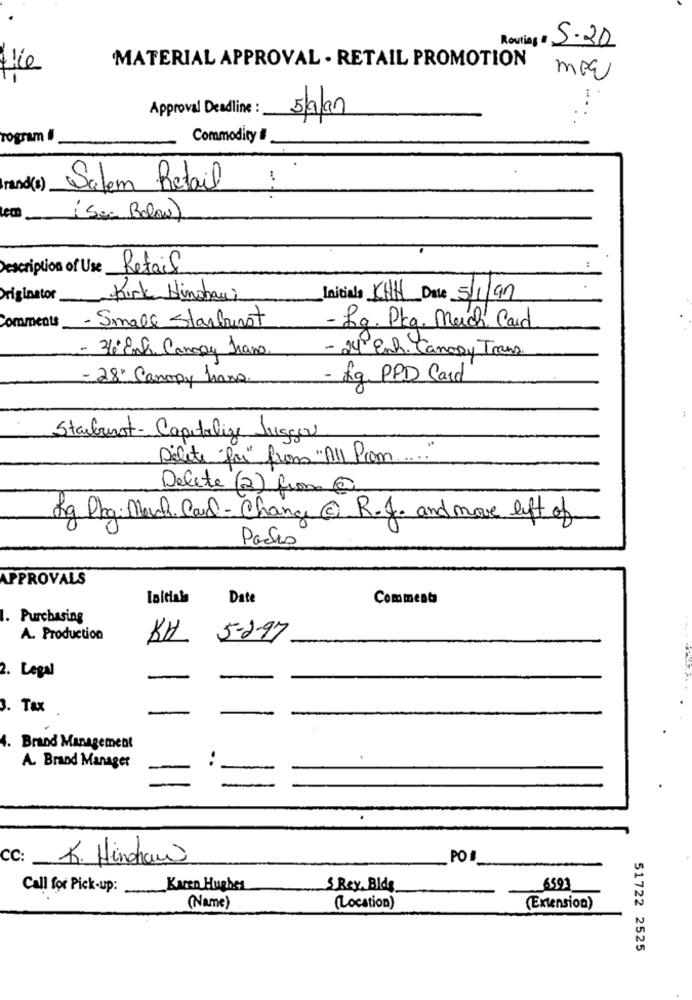
Routing # 5-30
tice
MATERIAL APPROVAL . RETAIL PROMOTION
Approval Deadline :
rogram #
Commodity #
Brand(s)
Salem Retail
( Sem Bolow)
Description of Use
Retail
Originator
Kirk Hinshawi
Initiala KAH Date 5/1/97
- Small Starburst
Comments
- Lg. Pkg. Much Card
- 36º Enla Canopy Irans.
- 24 Enh. Canony Trans.
- 28' Canopy hans.
Lg. PPD Card
-
Starburst- Capitalize Jugga
Delete "for" from "All Prom .... "
Delete(2) from @
Kg Pkg: Much. Card- Change @ R.J. and move left of
APPROVALS
Date
Comments
Purchasing
A. Production
KU 5-2-97
2. Legal
-
3. Tax
4. Brand Management
A. Brand Manager
CC:
K. Hindraw
POI
Call for Pick-up:
Karen Hughes
S Rey. Bids
6591
(Name )
(Location)
(Extension)
51722 2525